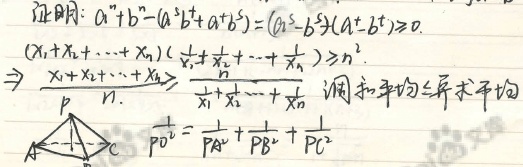
证明：
\[
a^{7}+b^{7}-(a^{5}b^{2}+a^{2}b^{5})=(a^{5}-b^{5})(a^{2}-b^{2})\geqslant0
\]

\[
(x_{1}+x_{2}+\cdots +x_{n})(\frac{1}{x_{1}}+\frac{1}{x_{2}}+\cdots+\frac{1}{x_{n}})\geqslant n^{2}
\]

\(\Rightarrow\frac{x_{1}+x_{2}+\cdots +x_{n}}{n}\geqslant \frac{n}{\frac{1}{x_{1}}+\frac{1}{x_{2}}+\cdots+\frac{1}{x_{n}}}\)，调和平均 \(\leqslant\) 算术平均

\(PO^{2}=\frac{1}{PA^{2}}+\frac{1}{PB^{2}}+\frac{1}{PC^{2}}\)